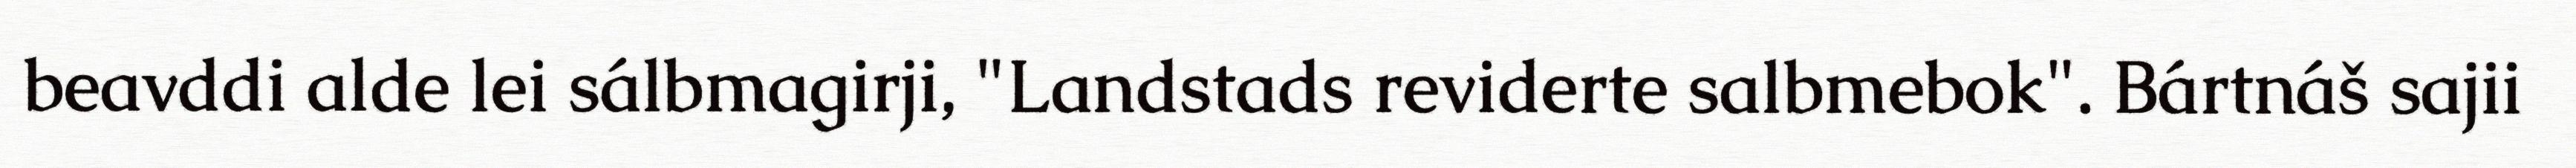
beavddi alde lei sálbmagirji, "Landstads reviderte salbmebok". Bártnáš sajii